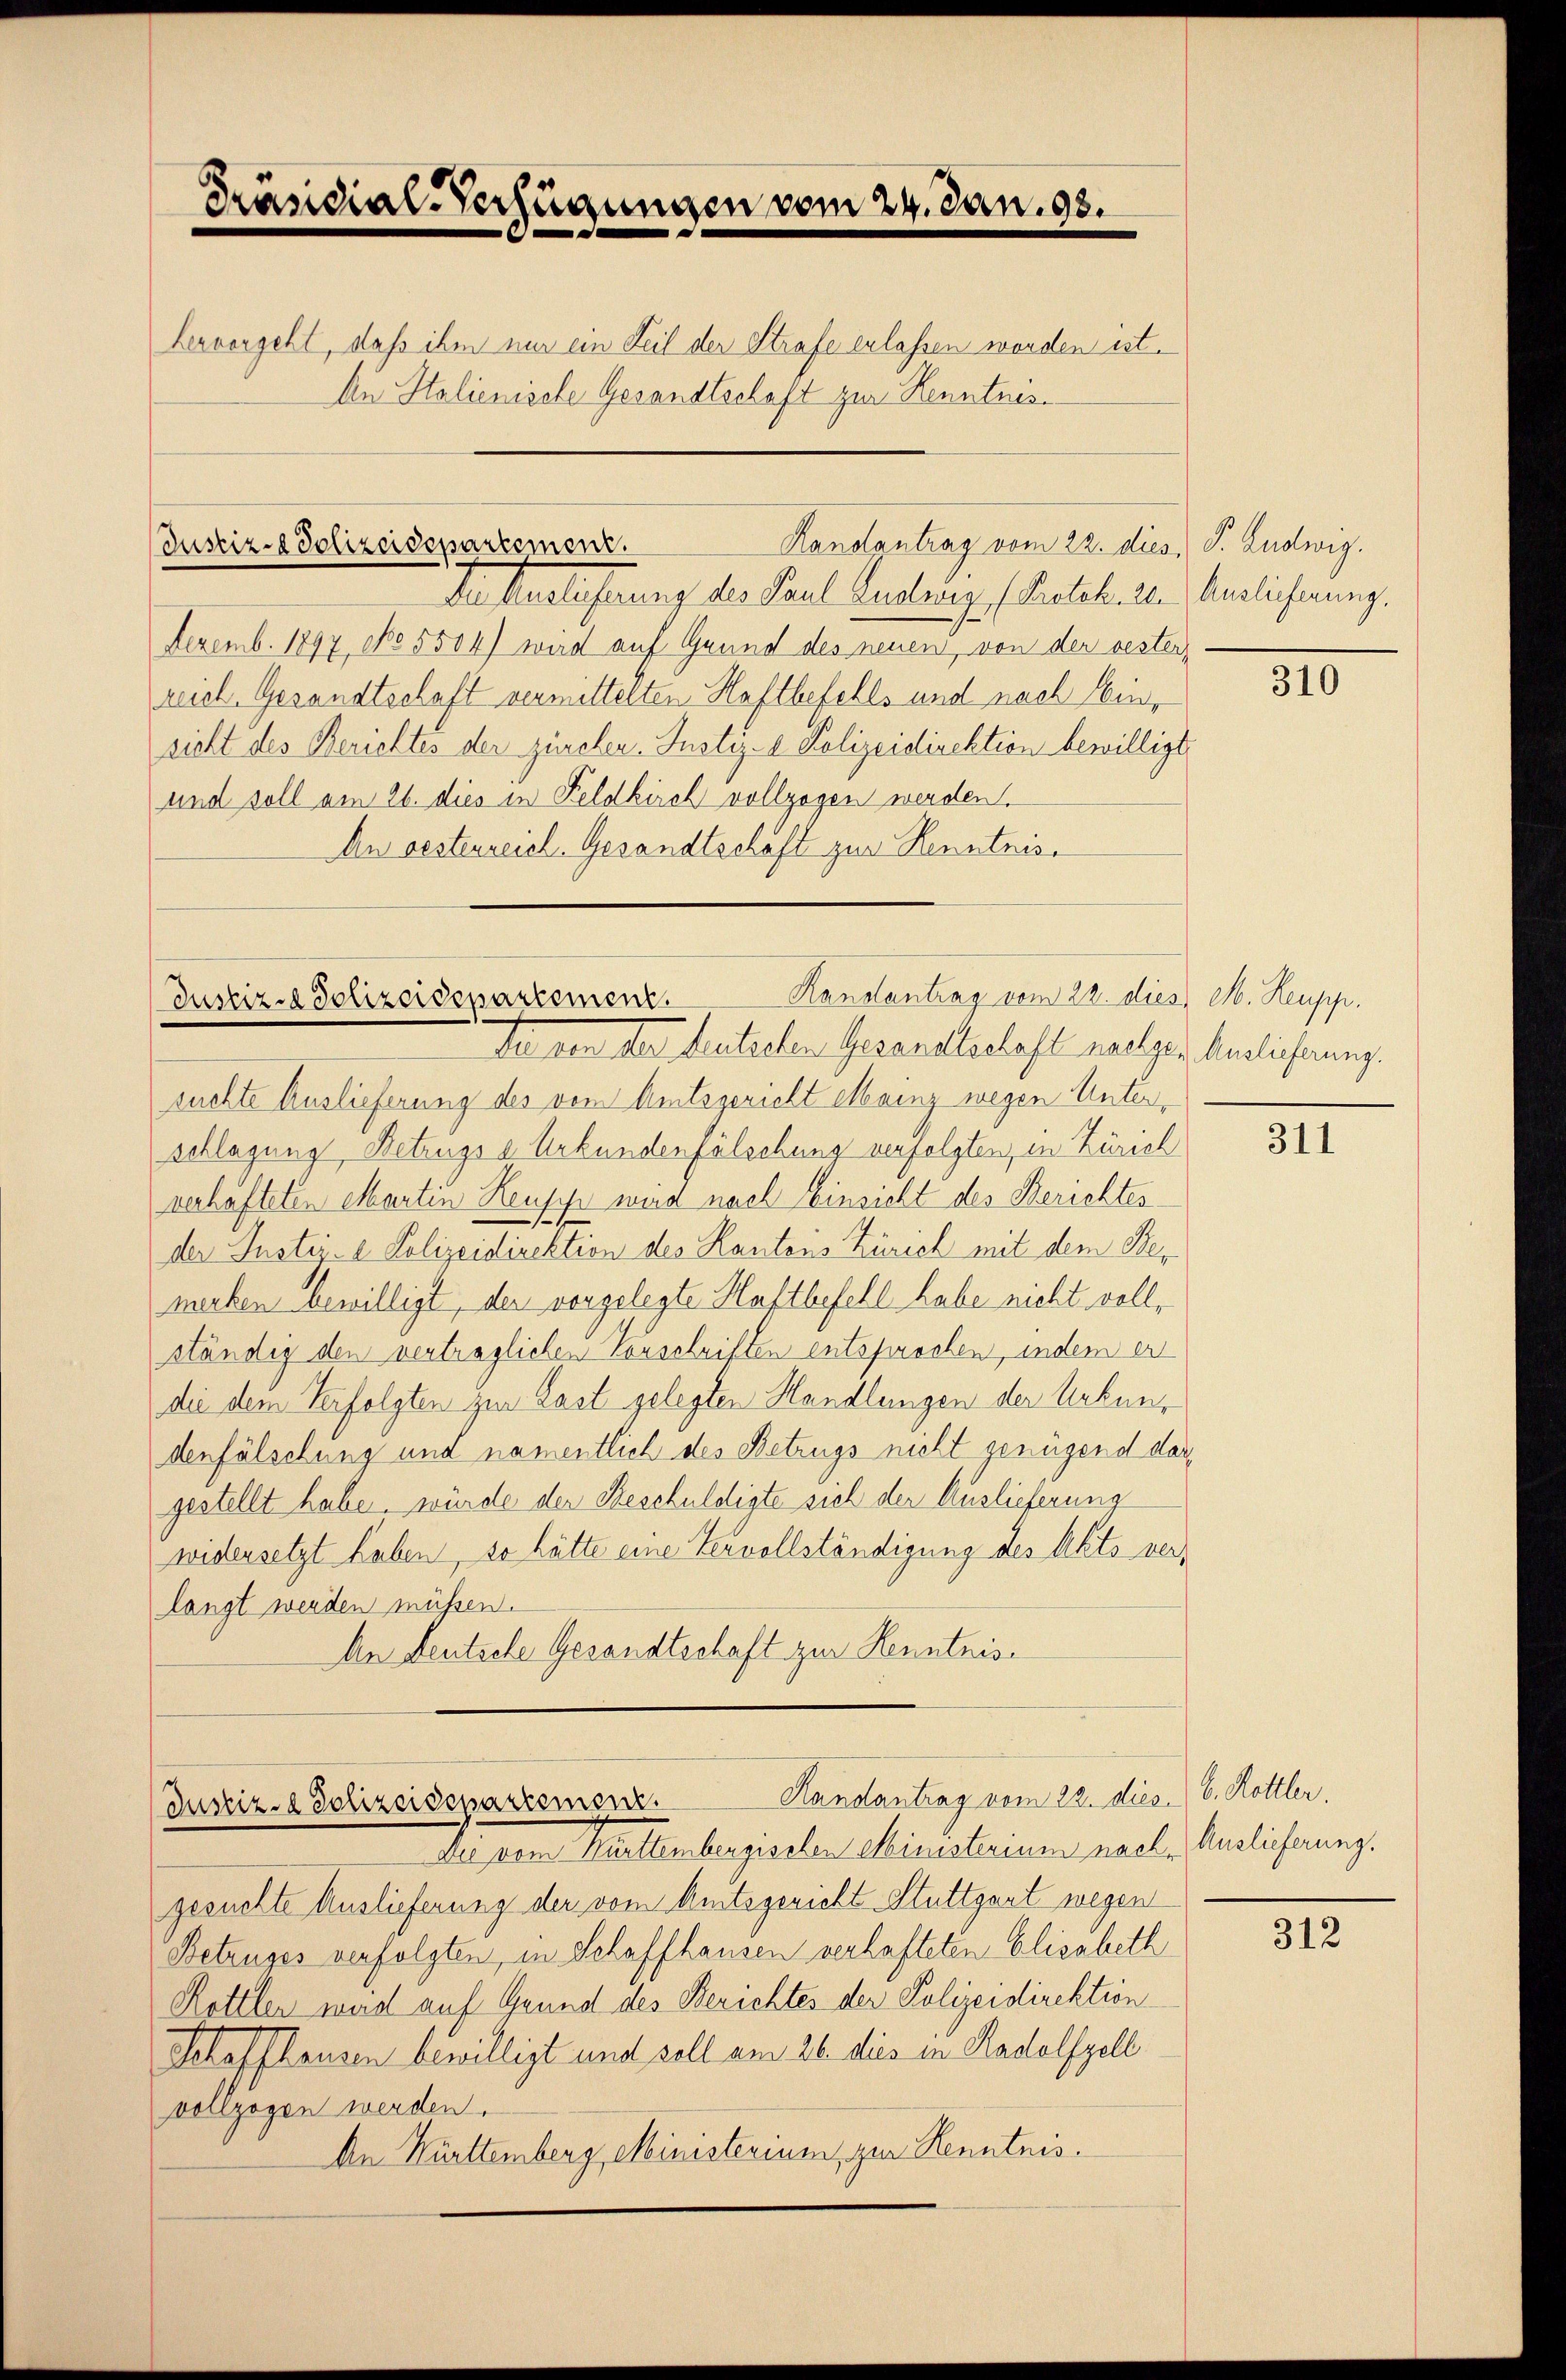
Präsidial-Verfügungen vom 24. Jan. 93.

hervorgeht, daß ihm nur ein Teil der Strafe erlassen worden ist.
Ain Italienische Gesandtschaft zur Kenntnis.

Handantrag vom 22. dies, S. Ludwig.
Justiz-Polizeidepartement.

Handantrag vom 22. dies M. Heupp.
Justiz-Polizeidepartement

Justiz- & Polizeidepartement.

Der Auslieferung des Paul Luduig (Protokolle Anglicherung.
Dezemb. 1897, No 5504) wird auf Grund des neuen, von der bester-
reich. Gesandtschaft vermittelten Haftbefehls und nach Einsicht des Berichtes der zürchen. Justiz- & Polizeidirektion bewilligt
und soll am 26. dies in Feldkirch vollzogen werden.
An oestenreich. Gesandtschäft zur Kenntnis¬

Der von der heutisten Gesandtschaft nachger Verlicherung.
suchte Auslieferung des vom Amtsgericht Mainz wegen Unterschlagung, Betrugs a Urkundenfälschung verfolgten, in Zürich
verhafteten elartin Heusip wird nach Einsicht des Berichtes
der Instei- 2 Polizeidirektion des Kantons Zürich mit dem Bemecken bewilligt, der vorgelegte Haftbefehl habe nicht vollständig den verträglichen Tauschriften entsprochen, indem er
die dem Verfolgten zur Last gelegten Handlungen der Urkundenfälschung und namentlich des Betrugs nicht genügend dargestellt habe, würde der Beschuldigte sich der Auslieferung
widersetzt haben, so hätte eine Vervollständigung des Akts verlangt werden müssen.
An Deutsche Gesandtschaft zur Kenntniss

Handantrag vom 22. dies. 16. Hottler.

da per Muttenbergischen Ministerium nach Englicherung.
gesuchte Auslieferung der vom Amtsgericht Stuttgart wegen
Betruges verfolgten, in Schaffhausen verhafteten Elisabeth
Rottler wird auf Grund des Berichtes der Polizeidirektion
Schaffhausen bewilligt und soll am 26. dies in Radolfzell
vollzogen werden.
An Württemberg, Ministerium, zur Kenntnis.

310

311

312